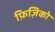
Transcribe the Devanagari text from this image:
फ़िज़िको